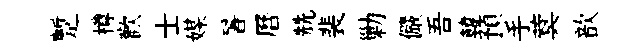
蹔樽歡士媒暑曆兟裴勦儼吾韓預手蓂歆